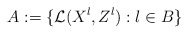
\begin{align*}A:= \{\mathcal{L}(X^{\l}, Z^{\l}): \l \in B\}\end{align*}